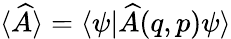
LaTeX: \langle\widehat{A}\rangle=\langle\psi|\widehat{A}(q,p)\psi\rangle